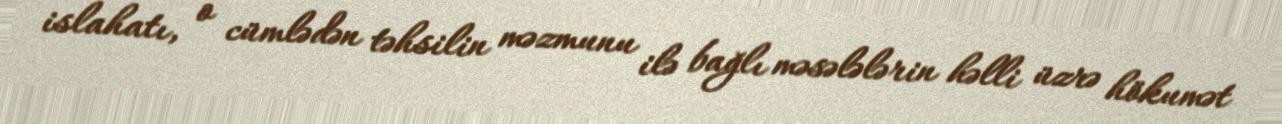
islahatı, o cümlədən təhsilin məzmunu ilə bağlı məsələlərin həlli üzrə hökumət